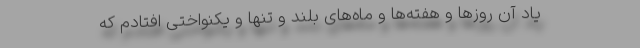
یاد آن روزها و هفته‌ها و ماه‌های بلند و تنها و یکنواختی افتادم که